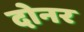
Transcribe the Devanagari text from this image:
दोनर